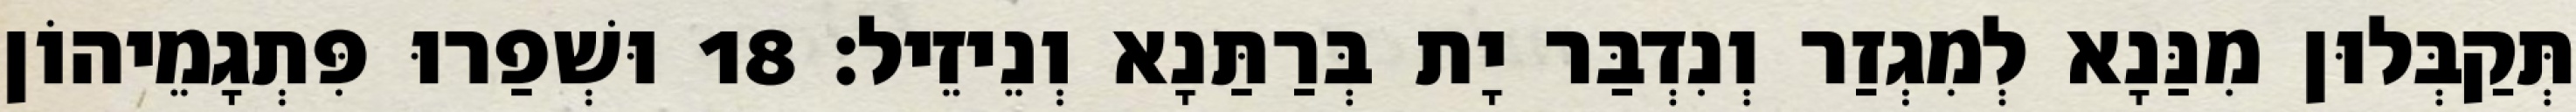
תְּקַבְּלוּן מִנַּנָא לְמִגְזַר וְנִדְבַּר יָת בְּרַתַּנָא וְנֵיזֵיל׃ 18 וּשְׁפַרוּ פִּתְגָמֵיהוֹן